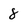
Character: 8